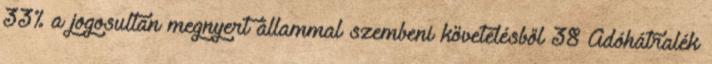
33% a jogosultan megnyert állammal szembeni követelésből 38 Adóhátralék